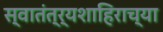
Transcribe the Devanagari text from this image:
स्वातंत्र्यशाहिराच्या